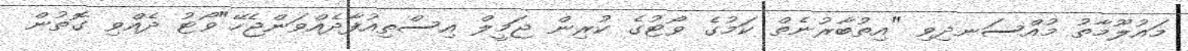
މައުލޫމާތު މުއްސަނދިވި "އިތުބާރުނެތް ކަމުގެ ވޯޓުގެ ކުރިން ޖަމީލް އިސްތިއުފާދެއްވަންޖެހޭ"ވޯޓު ދެއްވި ގޮތުން